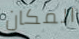
المكان